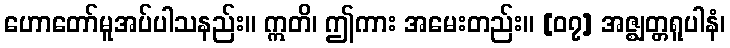
ဟောတော်မူအပ်ပါသနည်း။ ဣတိ၊ ဤကား အမေးတည်း။ [၀၇] အဇ္ဈတ္တရူပါနံ၊